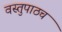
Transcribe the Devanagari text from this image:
वस्तुपाठच